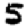
Digit: 5